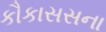
કૌકાસસના